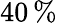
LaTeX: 40\, \%